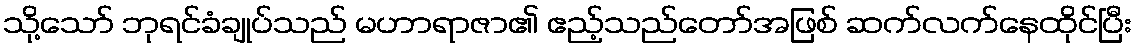
သို့သော် ဘုရင်ခံချုပ်သည် မဟာရာဇာ၏ ဧည့်သည်တော်အဖြစ် ဆက်လက်နေထိုင်ပြီး